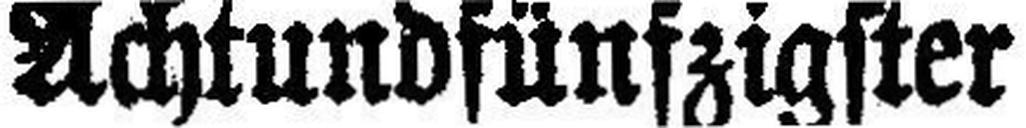
Achtundfünfzigster